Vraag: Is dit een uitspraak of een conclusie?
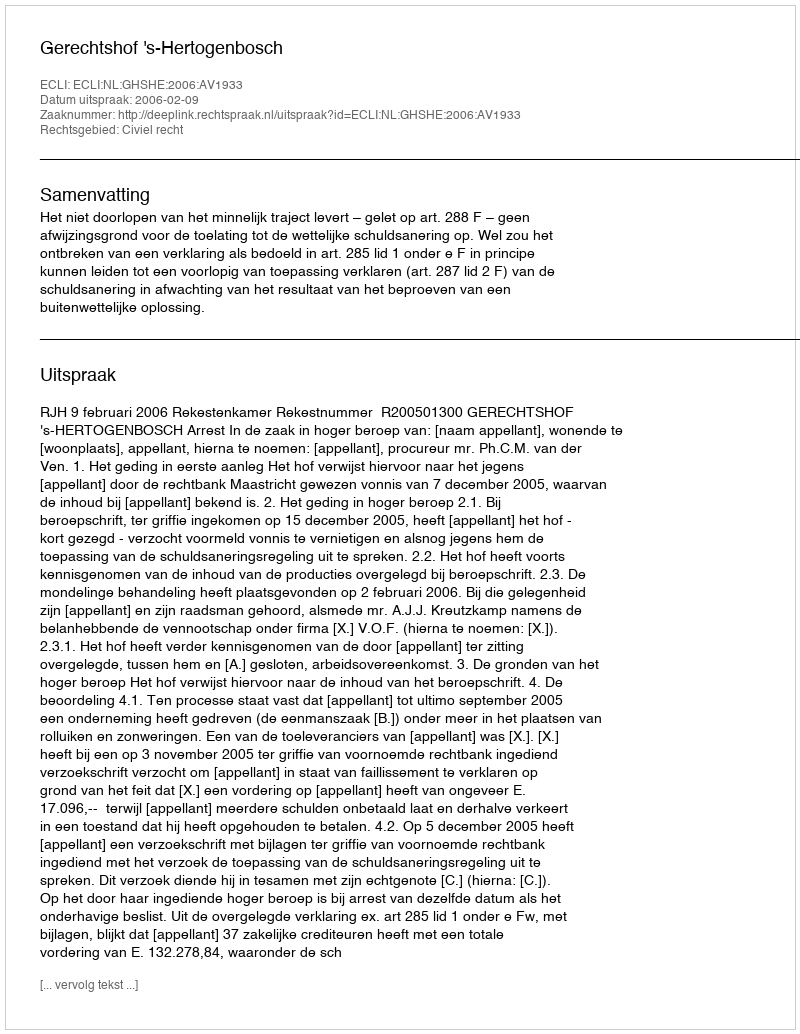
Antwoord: Uitspraak